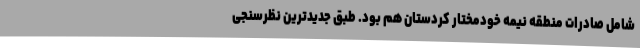
شامل صادرات منطقه نیمه خودمختار کردستان هم بود. طبق جدیدترین نظرسنجی